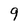
Character: 9